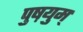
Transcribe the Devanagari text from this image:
पुष़युम्